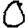
Digit: 0